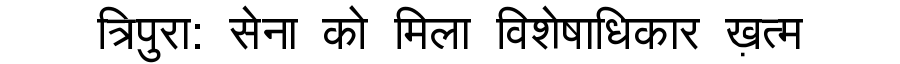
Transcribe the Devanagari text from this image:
त्रिपुरा: सेना को मिला विशेषाधिकार ख़त्म